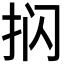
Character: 𰓔